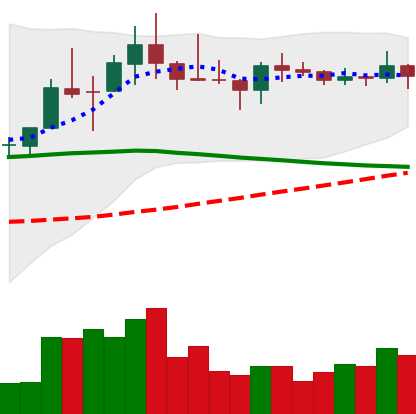
Ticker: LINK-USD
Chart end date: 2019-11-07
Forward return: 4.722%
Label: up_3_5